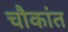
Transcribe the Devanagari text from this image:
चौकांत